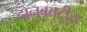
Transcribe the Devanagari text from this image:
दानूबतटीय